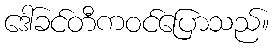
ဒေါ်ခင်တီကဝင်ပြောသည်။